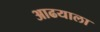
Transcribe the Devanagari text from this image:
आढयाला